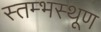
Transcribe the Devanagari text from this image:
स्तम्भस्थूण